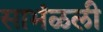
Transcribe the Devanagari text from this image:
साभंळली